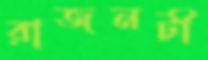
রাজনটী